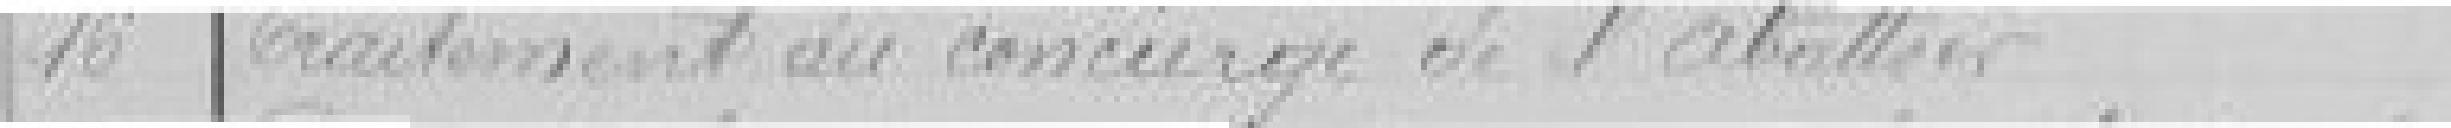
16 Traitement du concierge de l'abattoir